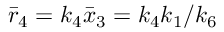
\bar { r } _ { 4 } = k _ { 4 } \bar { x } _ { 3 } = k _ { 4 } k _ { 1 } / k _ { 6 }